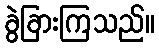
ခွဲခြားကြသည်။